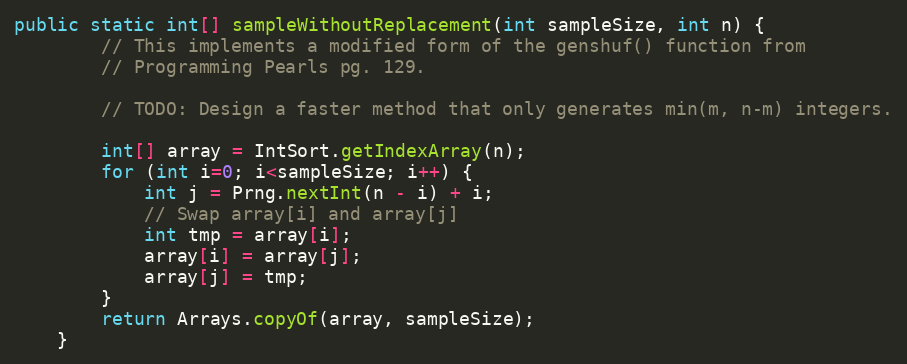
Language: Java
public static int[] sampleWithoutReplacement(int sampleSize, int n) {
        // This implements a modified form of the genshuf() function from
        // Programming Pearls pg. 129.

        // TODO: Design a faster method that only generates min(m, n-m) integers.

        int[] array = IntSort.getIndexArray(n);
        for (int i=0; i<sampleSize; i++) {
            int j = Prng.nextInt(n - i) + i;
            // Swap array[i] and array[j]
            int tmp = array[i];
            array[i] = array[j];
            array[j] = tmp;
        }
        return Arrays.copyOf(array, sampleSize);
    }